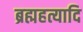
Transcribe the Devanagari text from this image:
ब्रह्महत्यादि